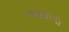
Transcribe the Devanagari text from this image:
रास्त्यांनी